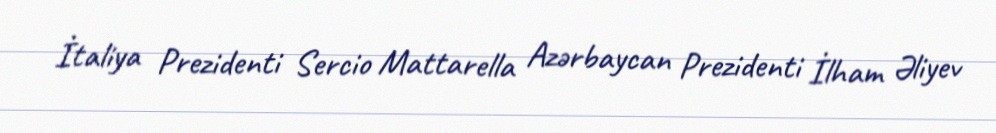
İtaliya Prezidenti Sercio Mattarella Azərbaycan Prezidenti İlham Əliyev